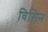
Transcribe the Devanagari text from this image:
विसिन